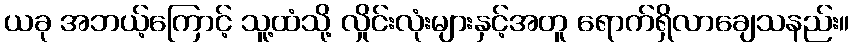
ယခု အဘယ့်ကြောင့် သူ့ထံသို့ လှိုင်းလုံးများနှင့်အတူ ရောက်ရှိလာချေသနည်း။